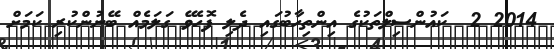
2014 2  ކައުންސިލްތަކުގެ އިންތިހާބުގައި ދެލި ފޮހެވޭ ގަލަމެއް ބޭނުންކުރި ކަމަށް